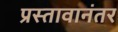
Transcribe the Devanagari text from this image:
प्रस्तावानंतर